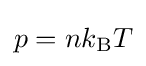
p=nk_{\text{B}}T